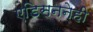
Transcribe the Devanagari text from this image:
एडिसननेही